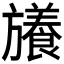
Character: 𭥉